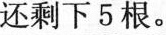
还剩下5根。